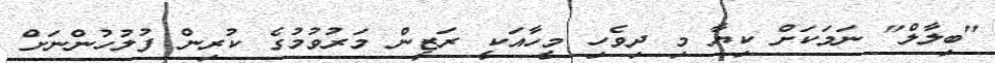
"ބިލާލް" ނަމަކަށް ކިޔާ މި ދިވެހި މީހާއަކީ ރަޒީން މަރުވުމުގެ ކުރިން ފުލުހުންނަށް